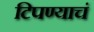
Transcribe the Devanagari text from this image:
टिपण्याचं